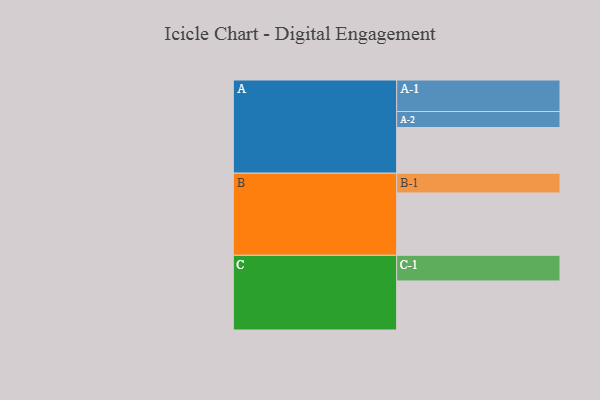
{"axis": {"x": "Segment", "y": "Value"}, "legend": ["", "A", "B", "C"], "data": [{"x": "A", "y": 412, "type": ""}, {"x": "B", "y": 562, "type": ""}, {"x": "C", "y": 442, "type": ""}, {"x": "A-1", "y": 284, "type": "A"}, {"x": "A-2", "y": 144, "type": "A"}, {"x": "B-1", "y": 178, "type": "B"}, {"x": "C-1", "y": 231, "type": "C"}]}